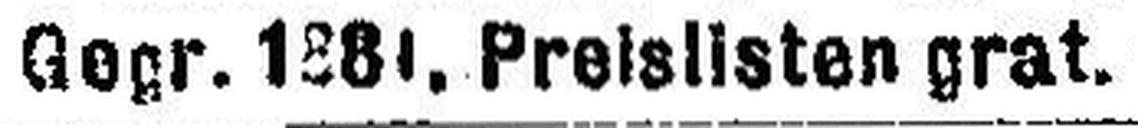
Gegr. 1881, Preislisten grat.